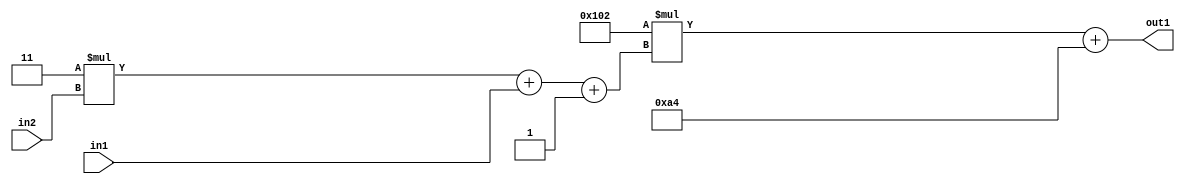
`timescale 1ps / 1ps
/*****************************************************************************
    Verilog RTL Description
    
    
    Created by: Stratus DpOpt 2019.1.01 
*******************************************************************************/

module DC_Filter_Add2i164Mul2i258Add3i1u1Mul2i3u2_1 (
	in2,
	in1,
	out1
	); /* architecture "behavioural" */ 
input [1:0] in2;
input  in1;
output [11:0] out1;
wire [11:0] asc001;
wire [3:0] asc002;

wire [3:0] asc002_tmp_0;
wire [3:0] asc002_tmp_1;
assign asc002_tmp_1 = 
	+(4'B0011 * in2);
assign asc002_tmp_0 = asc002_tmp_1
	+(in1);
assign asc002 = asc002_tmp_0
	+(4'B0001);

wire [11:0] asc001_tmp_2;
assign asc001_tmp_2 = 
	+(12'B000100000010 * asc002);
assign asc001 = asc001_tmp_2
	+(12'B000010100100);

assign out1 = asc001;
endmodule

/* CADENCE  vrTyTAA= : u9/ySgnWtBlWxVPRXgAZ4Og= ** DO NOT EDIT THIS LINE ******/